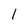
Character: 1